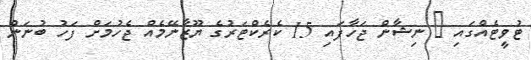
ޓުވީޓެއްގައި @ ނިޝާން ޖަހާފައި 15 ކެރެކްޓަރުގެ ޔޫޒާނޭމެއް ޖެހުމަށް ފަހު ބުނަން